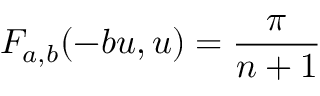
F _ { a , b } ( - b u , u ) = \frac { \pi } { n + 1 }